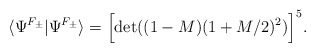
\begin{align*}\langle \Psi^{F_{\pm}} | \Psi^{F_{\pm}} \rangle =\Bigl[ {\rm det} ((1-M)(1+M/2)^2) \Bigr]^5.\end{align*}